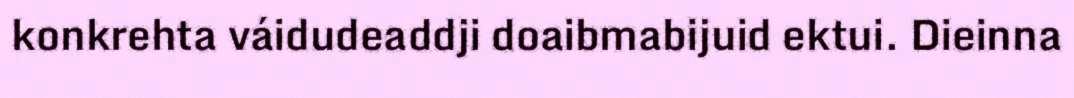
konkrehta váidudeaddji doaibmabijuid ektui. Dieinna